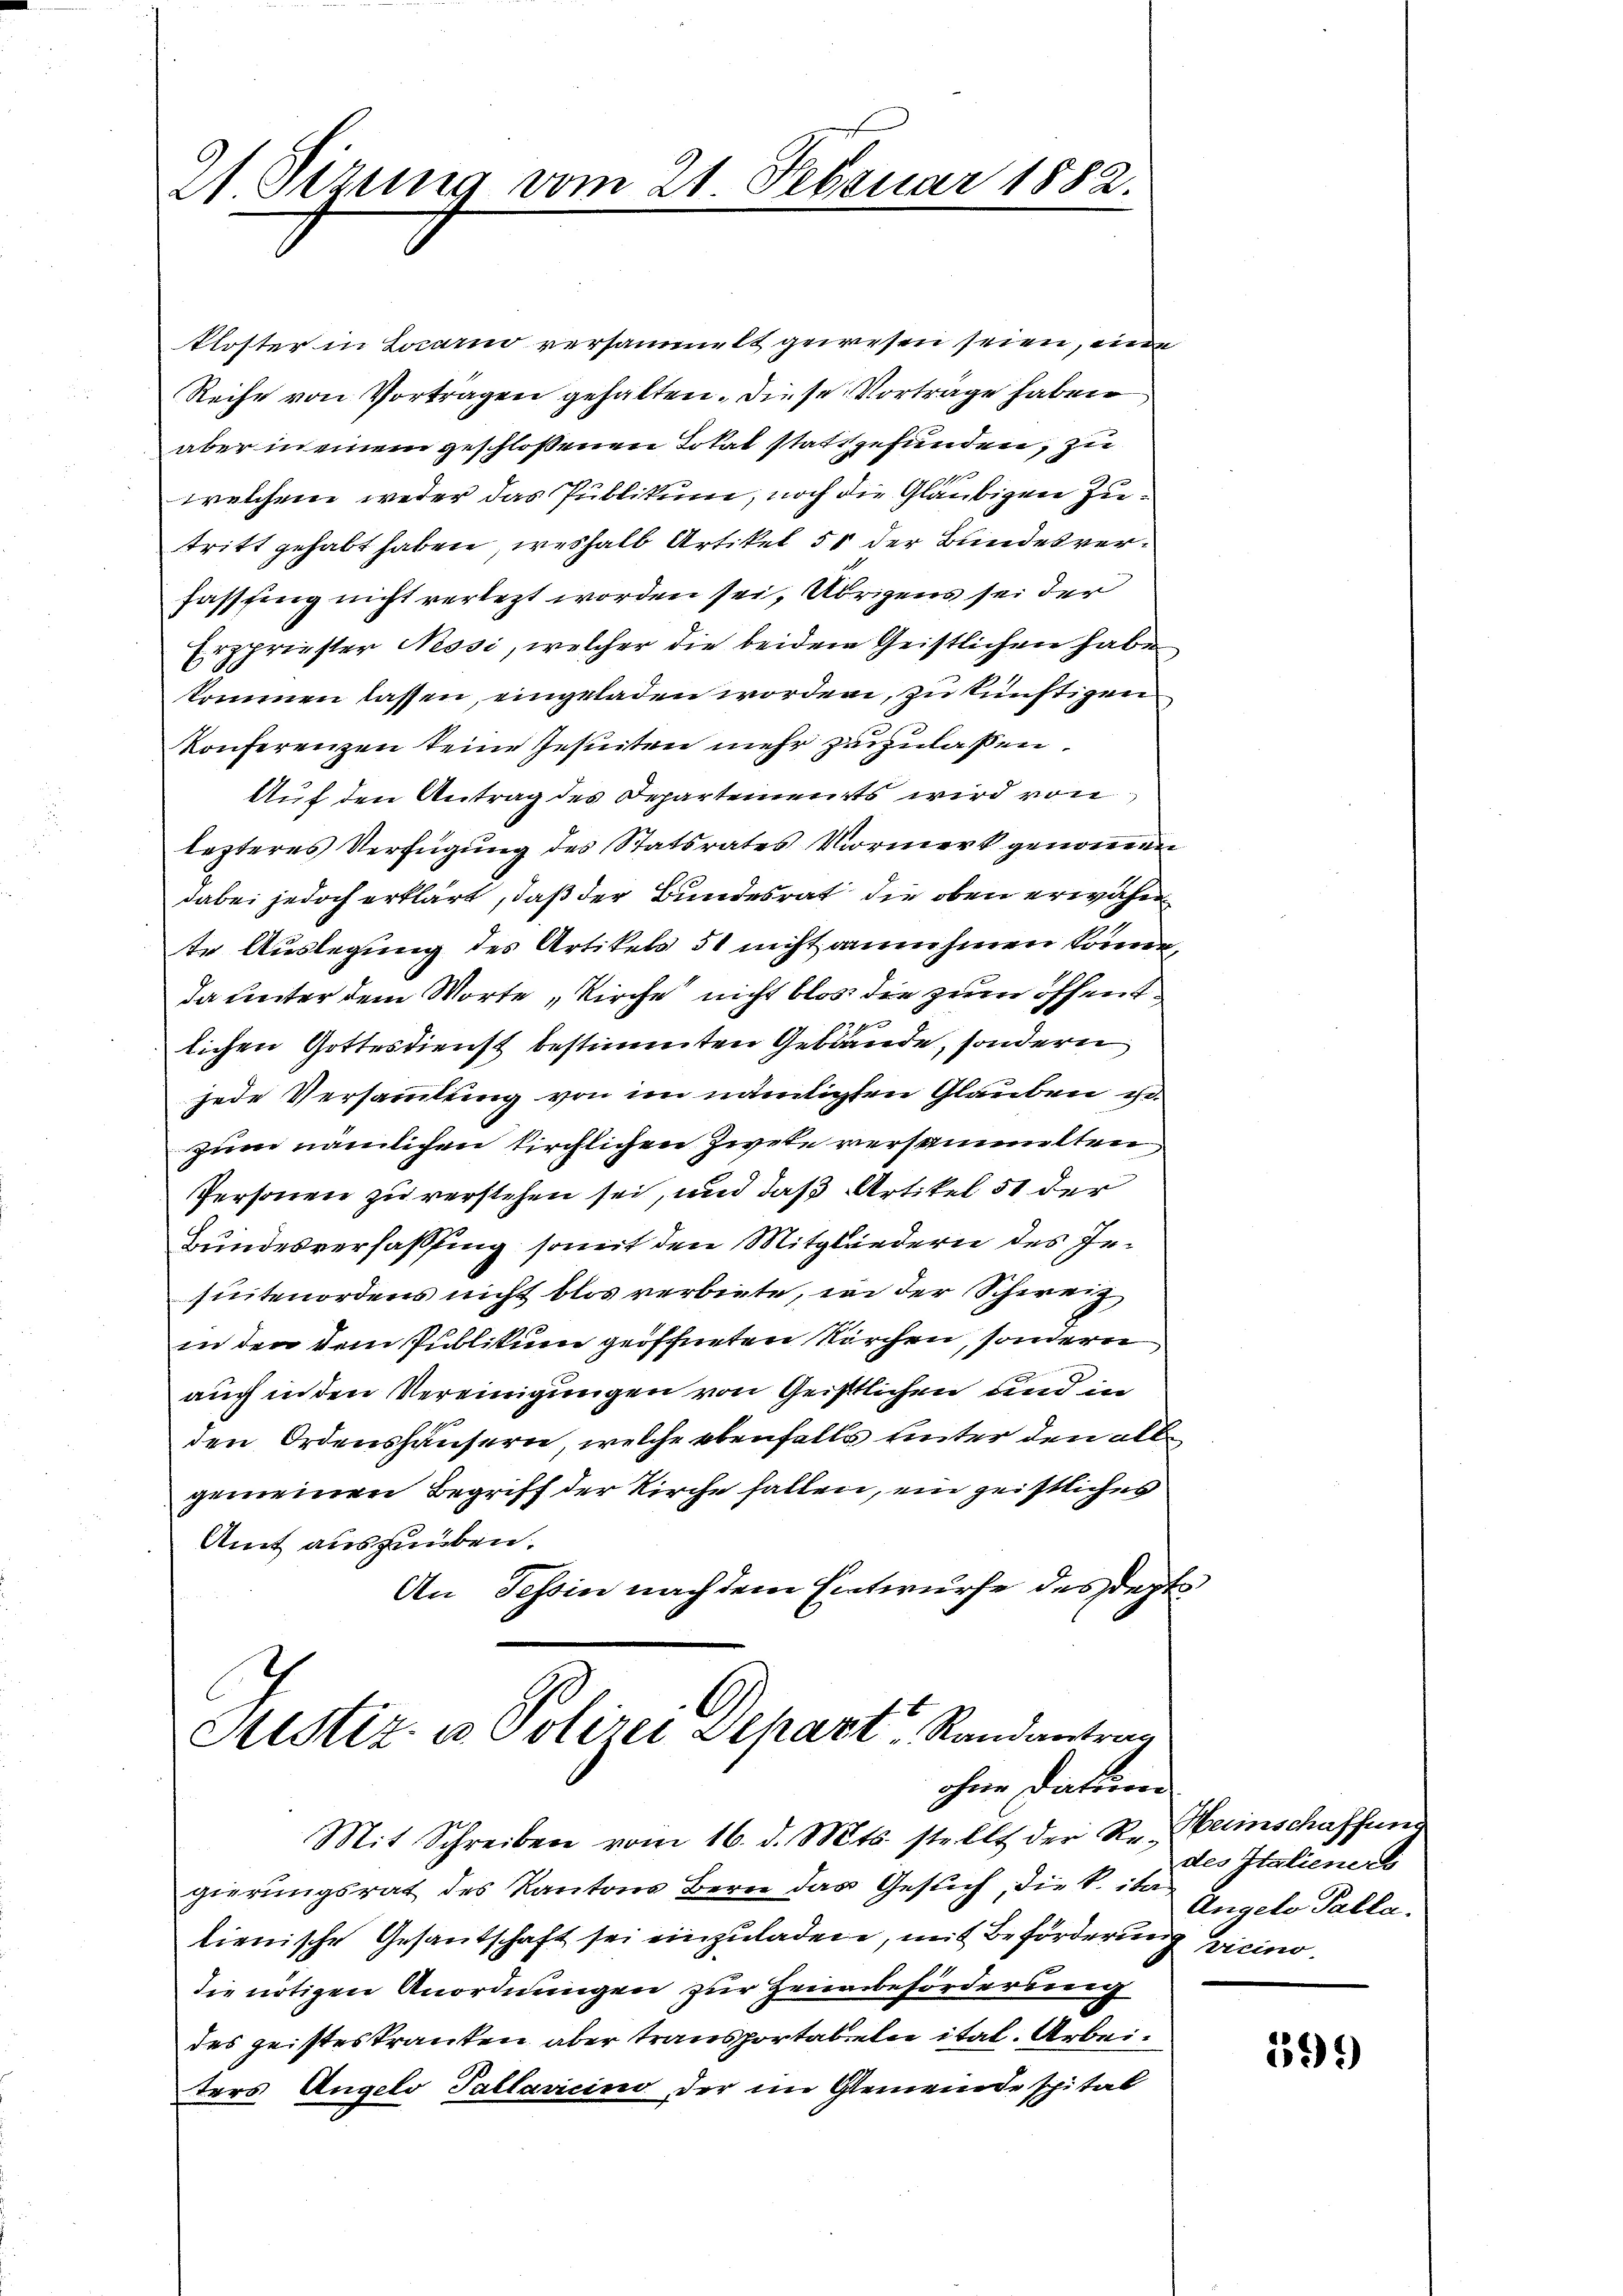
21. Sizung vom 21. Februar 1882.

kloster in Locarno versammelt gewesen seien, eine
Reihe von Vortragen gehalten. Diese Vorträge haben
aber in einem geschlossenen Total stattgefunden, zu
2110
welchene weder das Publikum, noch die Gläubigen Zutritt gehabt haben, weshalb Artikel 51 der Bundesverfasssing nicht verletzt worden sei, Übrigens sei der
Erzpriester Nessi, welcher die beiden Geistlichen habe
kommen lassen, eingeladen worden, zu künftigen
Konferenzen seine Jesuiten mehr zuzulassen.
Auf den Antrag des Departements wird von
lezteres Verfügung des Statsrates Vormerk genommen
dabei jedoch erklärt, daß der Bundesrat die oben erwähn
te Auslegung des Artikels 51 nicht annehmen könne,
da unter dem Worte „Kirche nicht blos die zum öffentlichen Gottesdienst bestimmten Gebäude, sondern
jede Versammlung von im nämlichen Glauben gezum nämlichen Kirchlichen Zwete versammelten
Personen zu verstehen sei, und daß Artikel 51 der
Bundesverfassung somit den Mitgliedern des Insuitenordens nicht blos verbiete, wie der Schweiz
in den dem Publikum geöffneten Kirchen, sondern
auch in den Vereinigungen von Geistlichen und in
den Ordenshäusern, welche ebenfalls unter den allgemeinen Begriff der Kirche fallen, ein geistliches
Amt auszuüben.
An Tessin nach dem Entwurfe des Sept

Sistiz- u. Polizei separt Randantrag
ohne Datum

Mit Schreiben vom 16. d. Mts. stellt der Re- Heinschaffung
gierungsrat des Kantons Bern das Gesuch, die k. ita
lienische Gesandtschaft sei einzuladen, mit Beförderung vicinodie nötigen Anordnungen zur Heubeförderung
des geisteskranken aber transportabeln ital. Arbei¬
Ters Angelo Pallaricino, der im Gemeinde spital

des Italiener
Angeln Palla.

595)